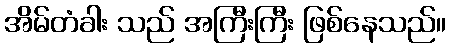
အိမ်တံခါး သည် အကြီးကြီး ဖြစ်နေသည်။